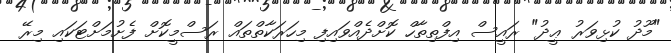
"މޫދު ކުޅިވަރު ޢީދު" ރައީސް އިފްތިތާހް ކޮށްދެއްވައިފި މިހަރަކާތްތައް ރަސްމީކޮށް ފެށުމަށްޓަކައި މިރޭ